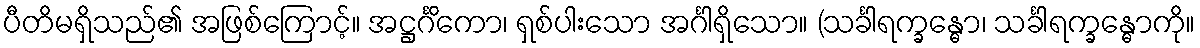
ပီတိမရှိသည်၏ အဖြစ်ကြောင့်။ အဋ္ဌင်္ဂိကော၊ ရှစ်ပါးသော အင်္ဂါရှိသော။ (သင်္ခါရက္ခန္ဓော၊ သင်္ခါရက္ခန္ဓောကို။